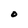
Character: O